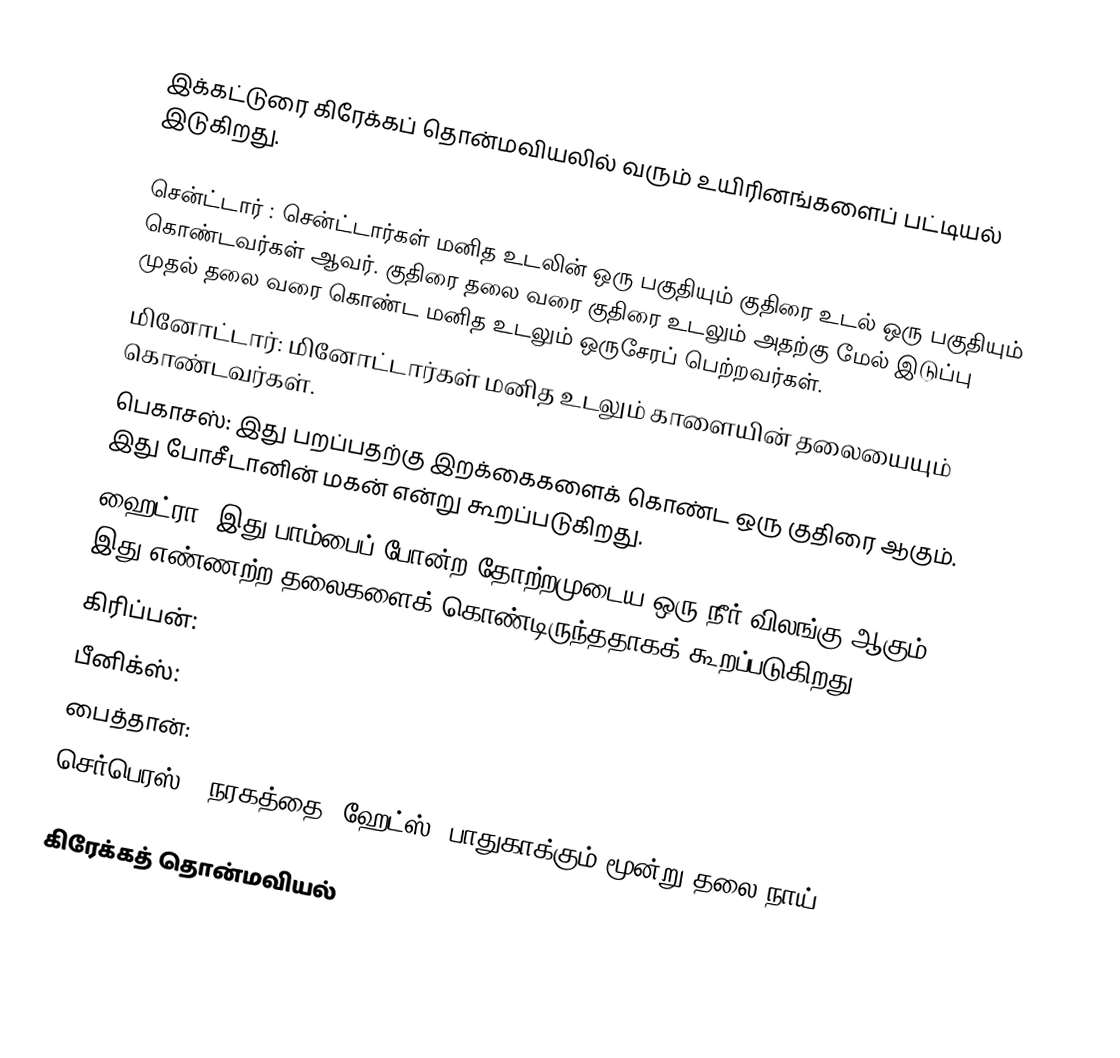
இக்கட்டுரை கிரேக்கப் தொன்மவியலில் வரும் உயிரினங்களைப் பட்டியல் இடுகிறது.

 சென்ட்டார் : சென்ட்டார்கள் மனித உடலின் ஒரு பகுதியும் குதிரை உடல் ஒரு பகுதியும் கொண்டவர்கள் ஆவர். குதிரை தலை வரை குதிரை உடலும் அதற்கு மேல் இடுப்பு முதல் தலை வரை கொண்ட மனித உடலும் ஒருசேரப் பெற்றவர்கள்.
 மினோட்டார்: மினோட்டார்கள் மனித உடலும் காளையின் தலையையும் கொண்டவர்கள்.
 பெகாசஸ்: இது பறப்பதற்கு இறக்கைகளைக் கொண்ட ஒரு குதிரை ஆகும். இது போசீடானின் மகன் என்று கூறப்படுகிறது.
 ஹைட்ரா: இது பாம்பைப் போன்ற தோற்றமுடைய ஒரு நீர் விலங்கு ஆகும். இது எண்ணற்ற தலைகளைக் கொண்டிருந்ததாகக் கூறப்படுகிறது.
 கிரிப்பன்:
 பீனிக்ஸ்:
 பைத்தான்:
செர்பெரஸ் : நரகத்தை (ஹேட்ஸ்) பாதுகாக்கும் மூன்று தலை நாய்

கிரேக்கத் தொன்மவியல்